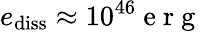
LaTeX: e_{\mathrm{diss}}\approx 10^{46}\mathrm{~e~r~g~}